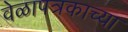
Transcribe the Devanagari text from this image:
वेळापत्रकाच्या